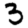
Digit: 3